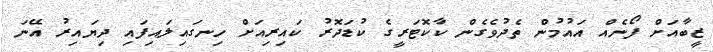
ޒީބާއަށް ފޯނެއް އައުމުން ތެދުވެގެން ކާކޮޓަރީގެ ކުޑަދޮރު ކައިރިއަށް ހިނގައިލައިފައި ދިޔައިރު އޭނަ